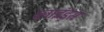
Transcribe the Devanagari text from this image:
ब्लाइंड्स